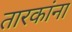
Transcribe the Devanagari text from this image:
तारकांना